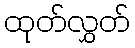
ထုတ်လွှတ်